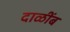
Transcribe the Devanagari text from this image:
दाळींब